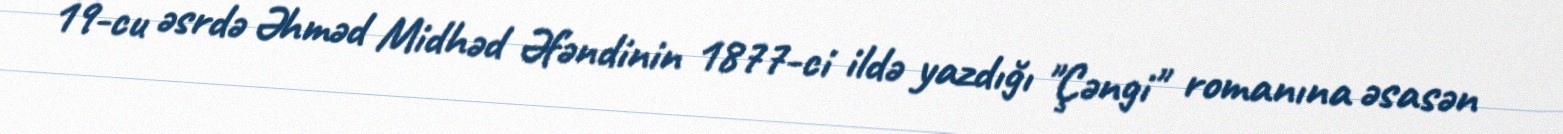
19-cu əsrdə Əhməd Midhəd Əfəndinin 1877-ci ildə yazdığı "Çəngi" romanına əsasən